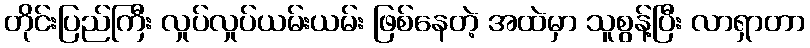
တိုင်းပြည်ကြီး လှုပ်လှုပ်ယမ်းယမ်း ဖြစ်နေတဲ့ အထဲမှာ သူစွန့်ပြီး လာရှာတာ